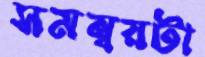
সমন্বয়টা